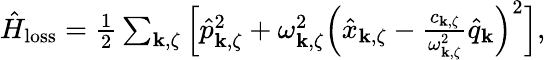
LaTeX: \begin{array}{r}{\hat{H}_{\mathrm{loss}}=\frac{1}{2}\sum_{{\mathbf k},\zeta}\Big[\hat{p}_{{\mathbf k},\zeta}^{2}+\omega_{{\mathbf k},\zeta}^{2}\Big(\hat{x}_{{\mathbf k},\zeta}-\frac{c_{{\mathbf k},\zeta}}{\omega_{{\mathbf k},\zeta}^{2}}\hat{q}_{\mathbf k}\Big)^{2}\Big],}\end{array}